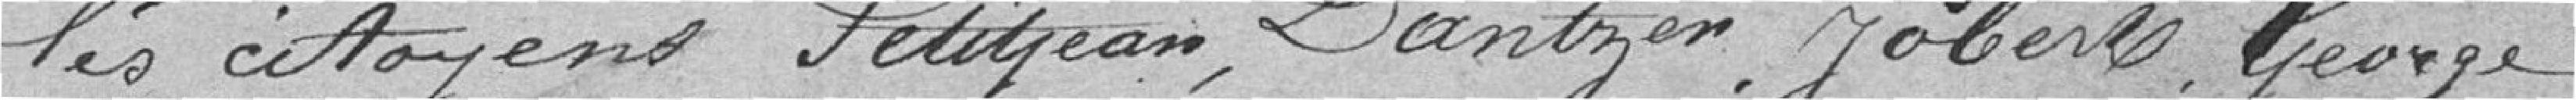
les citoyens Petitjean, Dantzer, Jobert, Georges